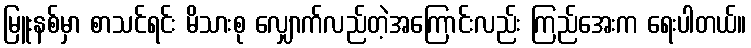
မြူးနစ်မှာ စာသင်ရင်း မိသားစု လျှောက်လည်တဲ့အကြောင်းလည်း ကြည်အေးက ရေးပါတယ်။